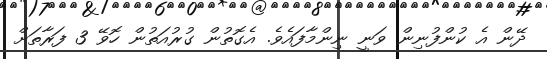
ދޭން އެ ކުންފުނިން ވަނީ ނިންމާފައެވެ. އެގޮތުން ގުރުއަތުން ހޮވޭ 3 ފަރާތަށް